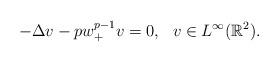
\begin{align*}-\Delta v-pw^{p-1}_+v=0, \ \ v\in L^{\infty}(\mathbb{R}^2).\end{align*}